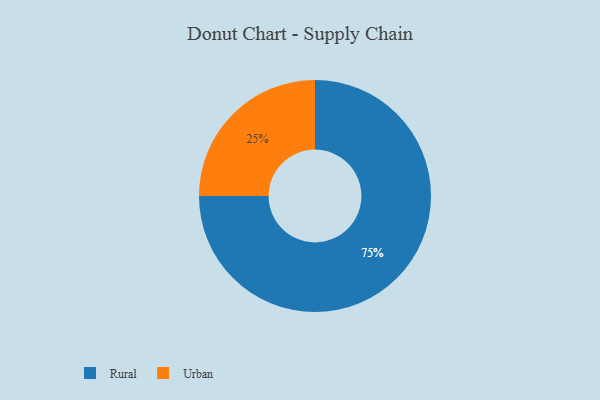
{"axis": {"x": "Category", "y": "Percentage"}, "legend": ["Rural", "Urban"], "data": [{"x": "Rural", "y": 75, "type": "Rural"}, {"x": "Urban", "y": 25, "type": "Urban"}]}